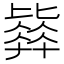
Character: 𣬓